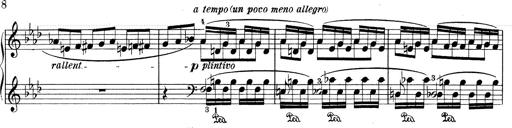
Title: Weinen, Klagen, Sorgen, Zagen
Composer: Franz Liszt